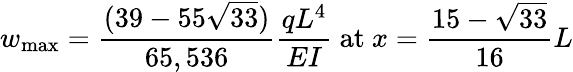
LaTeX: w_{\mathrm{max}}={\frac{(39-55{\sqrt{33}})}{65,536}}{\frac{qL^{4}}{EI}}{\mathrm{~at~}}x={\frac{15-{\sqrt{33}}}{16}}L